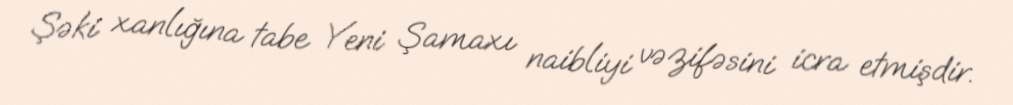
Şəki xanlığına tabe Yeni Şamaxı naibliyi vəzifəsini icra etmişdir.